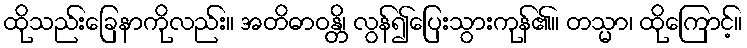
ထိုသည်းခြေနာကိုလည်း။ အတိဓာဝန္တိ၊ လွန်၍ပြေးသွားကုန်၏။ တသ္မာ၊ ထိုကြောင့်။